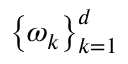
\left\{ \omega _ { k } \right\} _ { k = 1 } ^ { d }